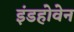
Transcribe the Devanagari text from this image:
इंडहोवेन